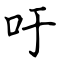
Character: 吁